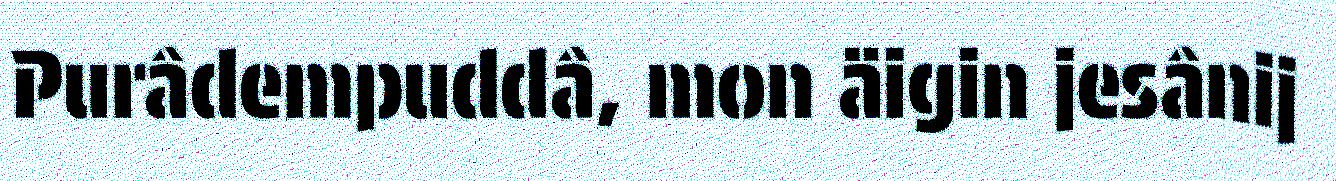
Purâdempuddâ, mon äigin jesânij